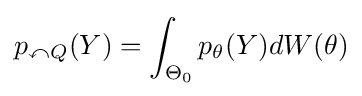
p_{\curvearrowleft Q}(Y)=\int _{\Theta _{0}}p_{\theta }(Y)dW(\theta )